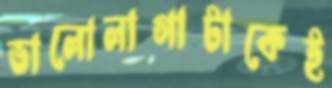
ভালোলাগাটাকেই